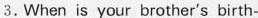
.When is your brother's birth-